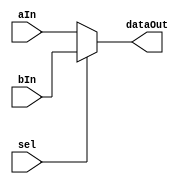
`timescale 1ns / 1ps

// 2 to 1 mux
module mux2to1 # (parameter PERM_WIDTH = 8) (aIn, bIn, sel, dataOut);

input 	[PERM_WIDTH-1:0] aIn, bIn; 
input                    sel;
output 	[PERM_WIDTH-1:0] dataOut;

// sel =	1: dataOut = bIn; 
// sel =	0: dataOut = aIn;
assign dataOut = sel ? bIn : aIn; 

endmodule